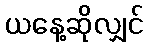
ယနေ့ဆိုလျှင်